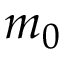
m _ { 0 }